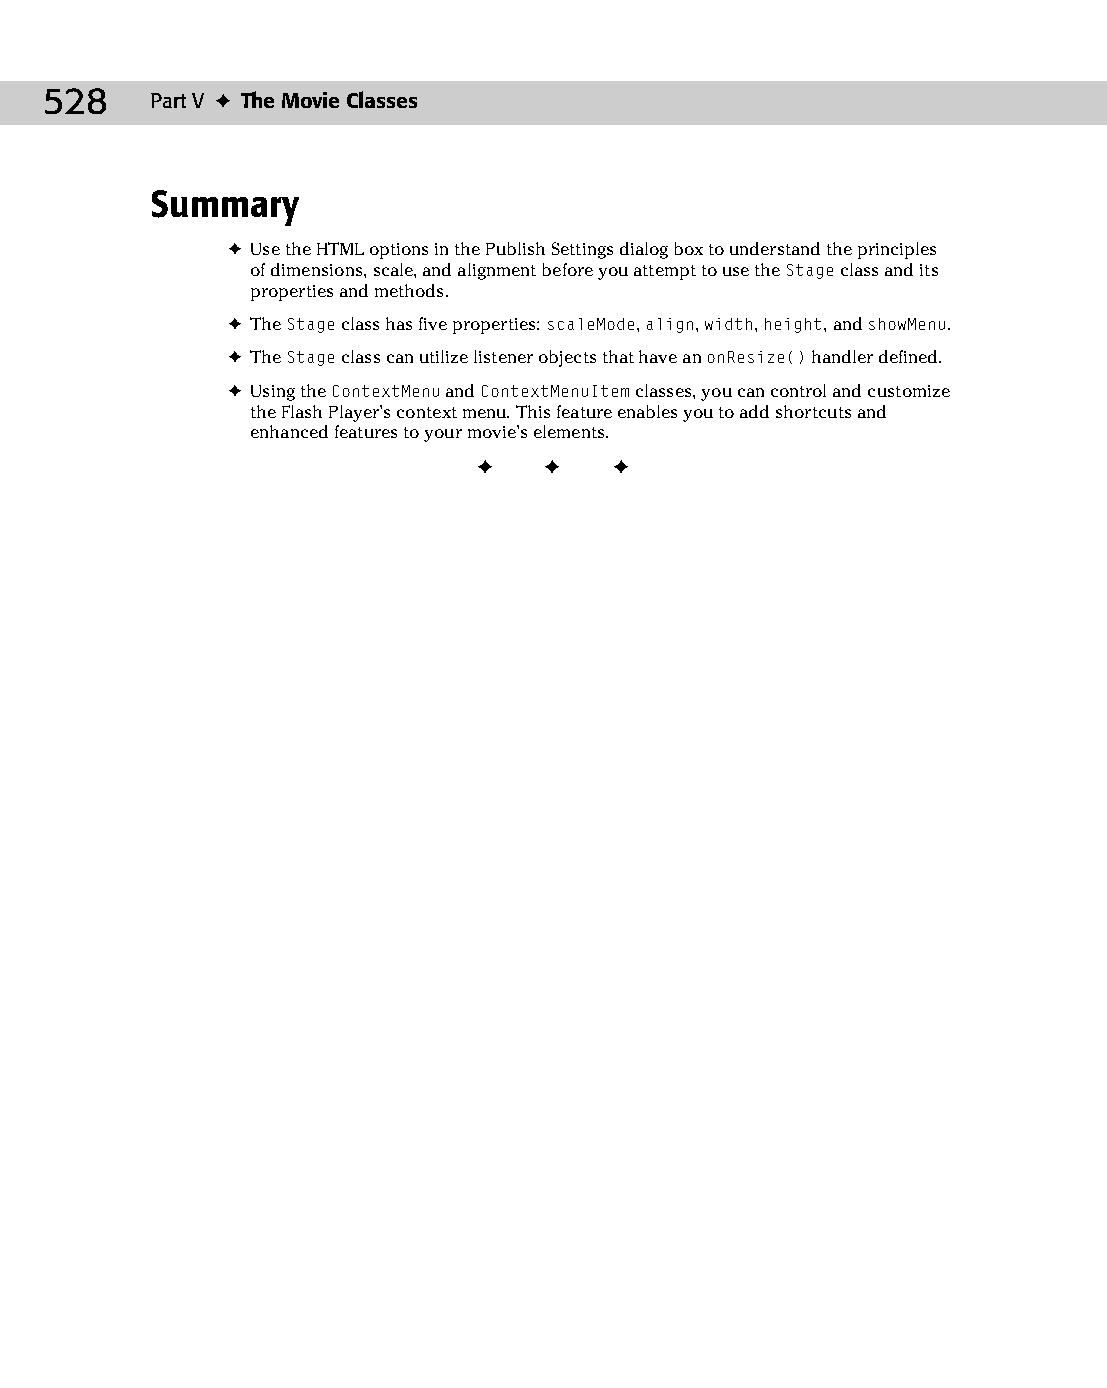
26 543547 ch20.qxd 3/24/04 4:10 PM Page 528
 528    Part V ✦ The Movie Classes
 Summary
 ✦ Use the HTML options in the Publish Settings dialog box to understand the principles
 of dimensions, scale, and alignment before you attempt to use the Stage class and its
 properties and methods.
 ✦ The Stage class has five properties: scaleMode, align, width, height, and showMenu.
 ✦ The Stage class can utilize listener objects that have an onResize() handler defined.
 ✦ Using the ContextMenu and ContextMenuItem classes, you can control and customize
 the Flash Player’s context menu. This feature enables you to add shortcuts and
 enhanced features to your movie’s elements.
 ✦  ✦  ✦